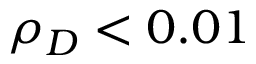
\rho _ { D } < 0 . 0 1